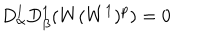
LaTeX: D _ { \alpha } ^ { 1 } D _ { \beta } ^ { 1 } ( W ( W ^ { 1 } ) ^ { p } ) = 0